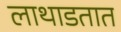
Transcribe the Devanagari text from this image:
लाथाडतात